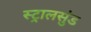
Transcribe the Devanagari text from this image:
स्ट्रालसुंड